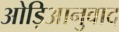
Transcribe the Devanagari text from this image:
ओड़िआनुवाद